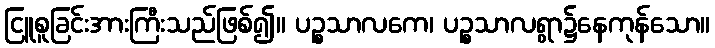
ငြူစူခြင်းအားကြီးသည်ဖြစ်၍။ ပဉ္စသာလကေ၊ ပဉ္စသာလရွာ၌နေကုန်သော။